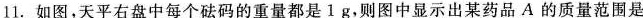
11.如图，天平右盘中每个砝码的重量都是1g，则图中显示出某药品A的质量范围是